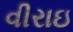
વીરાઇ